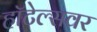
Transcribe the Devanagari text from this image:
हॉटेल्सवर